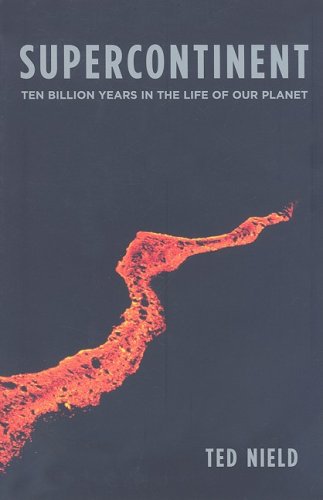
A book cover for Supercontinent: Ten Billion Years in the Life of Our Planet; Ted Nield; Science & Math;